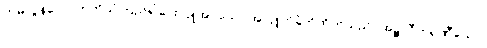
တမလွန်လောကကိုယုံကြည်၍ပေးလှူအပ်သော အလှူကိုခံကိုထိုက်သည်။ အဉ္ဇလီကရဏီယော၊